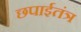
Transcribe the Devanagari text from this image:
छपाईतंत्र